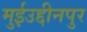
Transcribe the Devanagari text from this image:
मुईउद्दीनपुर